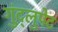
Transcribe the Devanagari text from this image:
गुंद्लुपेट